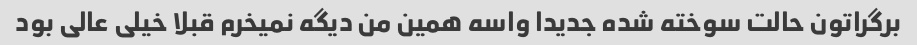
برگراتون حالت سوخته شده جدیدا واسه همین من دیگه نمیخرم قبلا خیلی عالی بود